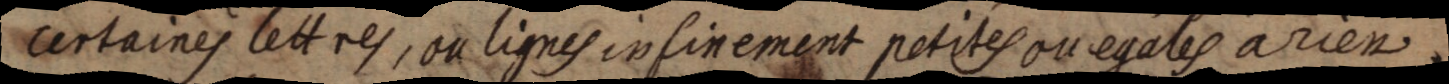
certaines lettres, ou lignes infinement petites ou egales a rien.